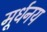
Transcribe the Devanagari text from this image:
मूर्धनय